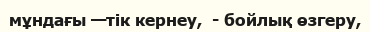
мұндағы —тік кернеу,  - бойлық өзгеру,